Annual report on the lock hospitals of the Madras Presidency
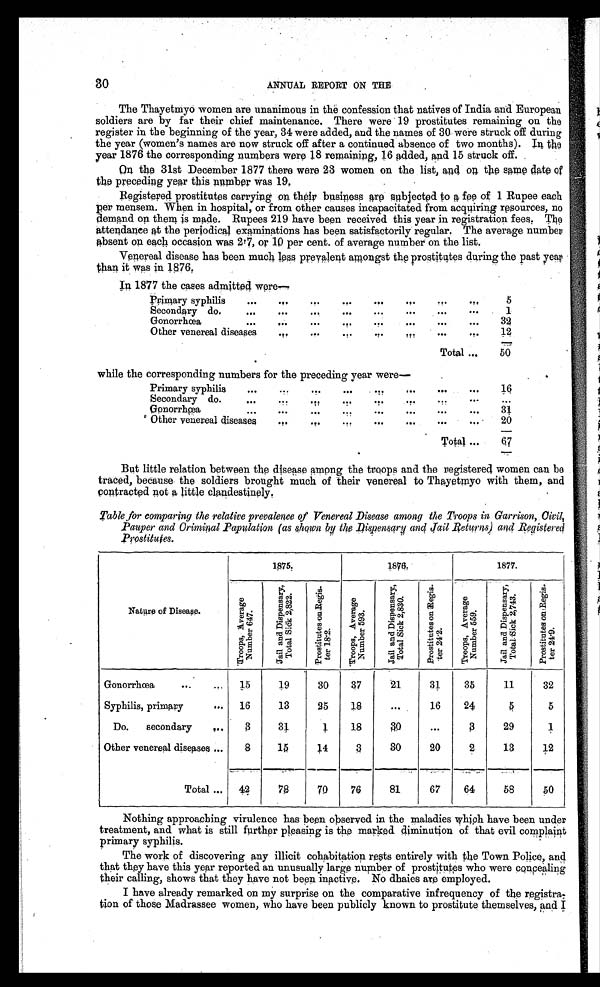
30
ANNUAL REPORT ON THE
The Thayetmyo women are unanimous in the confession that natives of India and European
soldiers are by far their chief maintenance. There were 19 prostitutes remaining on the
register in the beginning of the year, 34 were added, and the names of 30 were struck off during
the year (women's names are now struck off after a continued absence of two months). In the
year 1876 the corresponding numbers were 18 remaining, 16 added, and 15 struck off.
On the 31st December 1877 there were 23 women on the list, and one the same date of
the preceding year this number was 19.
Registered prostitutes carrying on their business are subjected to a fee of 1 Rupee each
per mensem. When in hospital, or from other causes incapacitated from acquiring resources, no
demand on them is made. Rupees 219 have been received this year in registration fees. The
attendance at the periodical examinations has been satisfactorily regular. The average number
absent on each occasion was 2.7, or 10 per cent. of average number on the list.
Venereal disease has been much less prevalent amongst the prostitutes during the past year
than it was in 1876
.
In 1877 the cases admitted were—
Primary syphilis
..
. . . . . . . . ... .,. . . . ...
5
Secondary do.
...
...
...
...
...
...
...
1
Gonorrhœa
...
...
...
. ... ... ...
..
32
Other venereal diseases
...
...
...
....
...
...
...
12
Total ...
50
while the corresponding numbers for the preceding year were—
Primary syphilis
...
...
...
...
. . ... ... ...
16
Secondary do.... .. . ... ,... .,. ...
. . .
Gonorrhœa... ... . . . . .
31
Other venereal diseases
...
...
...
...
...
. .
20
Total ...
6 7
But little relation between the disease among the troops and the registered women can be
traced, because the soldiers brought much of their venereal to Thayetmyo with them, and
contracted not a little clandestinely.
Table for comparing the relative prevalence of Venereal Disease among the Troops in Garrison, Civil,
Pauper and Criminal Population (as shown by the Dispensary and jail Returns) and
Registered Prostitutes.
1875.
1876.
1877.
Nature of Disease.
T r o o p s , A v e r a g e N u m b e r 6 4 7 .
J a i l a n d D i s p e n s a r y , T o t a l S i c k 2 , 8 2 2 .
P r o s t i t u t e s o n R e g i s - t e r 1 8 . 2 .
T r o o p s , A v e r a g e N u m b e r 5 9 3 .
J a i l a n d D i s p e n s a r y , T o t a l S i c k 2 , 8 3 0 .
P r o s t i t u t e s o n R e g i s - t e r 2 4 . 2 .
T r o o p s , A v e r a g e n u m b e r 5 5 9 .
j a i l a n d D i s p e n s a r y , T o t a l S i c k 2 , 7 4 3 .
P r o s t i t u t e s o n R e g i s - t e r 2 4 . 9 .
Gonorrhœa
...
...
15
19
30
37
21
31
35
11
32
Syphilis, primary
...
16
13
25
18
. . .
16
24
5 5
Do.
secondary
...
3
31
1
18
30
. . .
3
29
1
Other venereal diseases ...
8
15
14
3
30
20
2
13
12
Total ...
42
7 8 70
76
81
67
64
58
50
Nothing approaching virulence has been observed in the maladies which have been under
treatment, and what is still further pleasing is the marked diminution of that evil complaint
primary syphilis.
The work of discovering any illicit cohabitation rests entirely with the Town Police, and
that they have this year reported an unusually large number of prostitutes who were concealing
their calling, shows that they have not been inactive. No dhaies are employed.
I have already remarked on my surprise on the comparative infrequency of the registra
-tion of those Madrassee women, who have been publicly known to prostitute themselves, and I